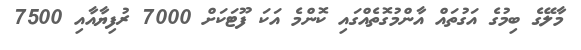
މާލޭގެ ބިމުގެ އަގުތައް އާންމުގޮތެއްގައި ކޮންމެ އަކަ ފޫޓަކަށް 7000 ރުފިޔާއާއި 7500